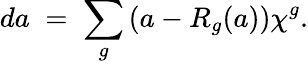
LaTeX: da\; =\; \sum_{g}\left(a-R_{g}(a)\right)\chi^{g}.